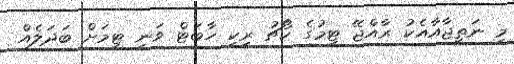
މި ނަތީޖާއާއެކު ރާއްޖޭ ޓީމުގެ ކޯޗު ރިކީ ހާބަޓް ވަނީ ޓިމަށް ބަދަލެއް